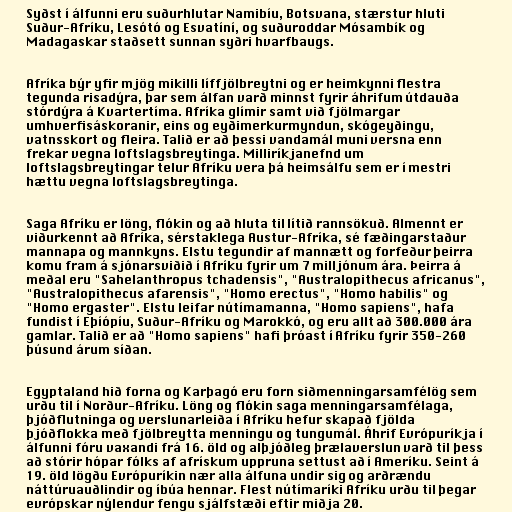
Syðst í álfunni eru suðurhlutar Namibíu, Botsvana, stærstur hluti
Suður-Afríku, Lesótó og Esvatíní, og suðuroddar Mósambík og
Madagaskar staðsett sunnan syðri hvarfbaugs.

Afríka býr yfir mjög mikilli líffjölbreytni og er heimkynni flestra
tegunda risadýra, þar sem álfan varð minnst fyrir áhrifum útdauða
stórdýra á Kvartertíma. Afríka glímir samt við fjölmargar
umhverfisáskoranir, eins og eyðimerkurmyndun, skógeyðingu,
vatnsskort og fleira. Talið er að þessi vandamál muni versna enn
frekar vegna loftslagsbreytinga. Milliríkjanefnd um
loftslagsbreytingar telur Afríku vera þá heimsálfu sem er í mestri
hættu vegna loftslagsbreytinga.

Saga Afríku er löng, flókin og að hluta til lítið rannsökuð. Almennt er
viðurkennt að Afríka, sérstaklega Austur-Afríka, sé fæðingarstaður
mannapa og mannkyns. Elstu tegundir af mannætt og forfeður þeirra
komu fram á sjónarsviðið í Afríku fyrir um 7 milljónum ára. Þeirra á
meðal eru "Sahelanthropus tchadensis", "Australopithecus africanus",
"Australopithecus afarensis", "Homo erectus", "Homo habilis" og
"Homo ergaster". Elstu leifar nútímamanna, "Homo sapiens", hafa
fundist í Eþíópíu, Suður-Afríku og Marokkó, og eru allt að 300.000 ára
gamlar. Talið er að "Homo sapiens" hafi þróast í Afríku fyrir 350-260
þúsund árum síðan.

Egyptaland hið forna og Karþagó eru forn siðmenningarsamfélög sem
urðu til í Norður-Afríku. Löng og flókin saga menningarsamfélaga,
þjóðflutninga og verslunarleiða í Afríku hefur skapað fjölda
þjóðflokka með fjölbreytta menningu og tungumál. Áhrif Evrópuríkja í
álfunni fóru vaxandi frá 16. öld og alþjóðleg þrælaverslun varð til þess
að stórir hópar fólks af afrískum uppruna settust að í Ameríku. Seint á
19. öld lögðu Evrópuríkin nær alla álfuna undir sig og arðrændu
náttúruauðlindir og íbúa hennar. Flest nútímaríki Afríku urðu til þegar
evrópskar nýlendur fengu sjálfstæði eftir miðja 20.